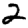
Digit: 2